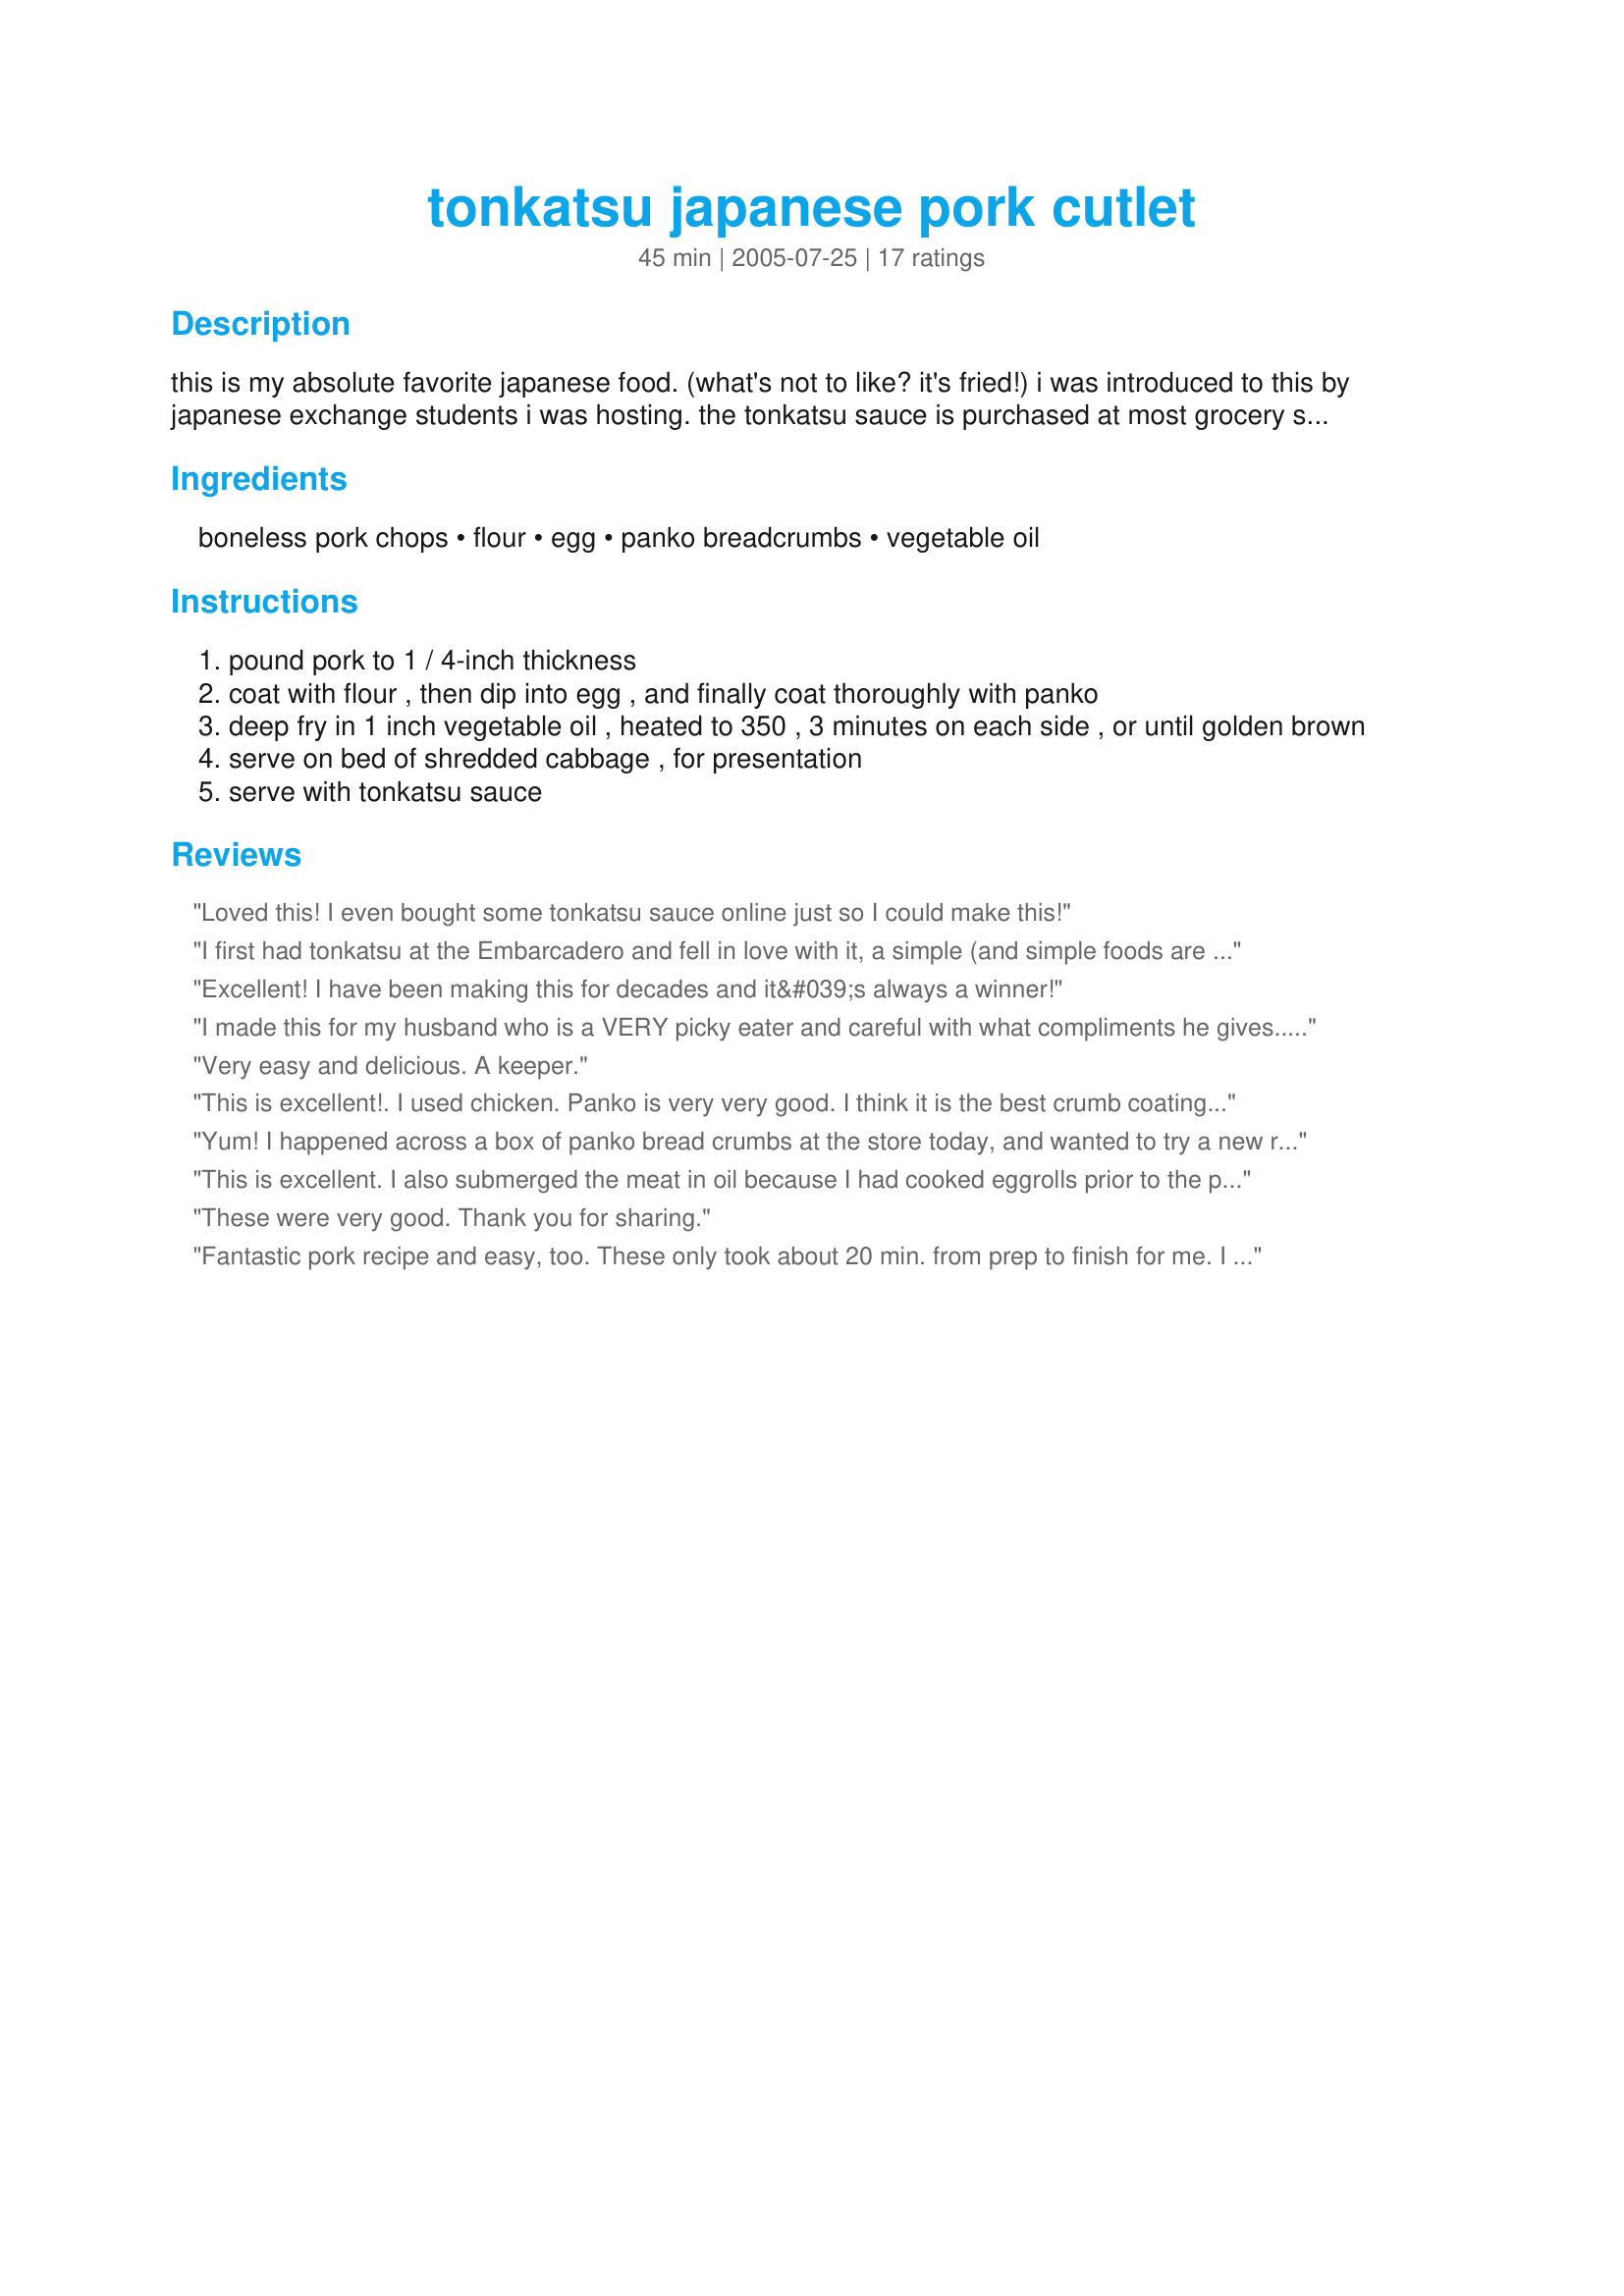
tonkatsu japanese pork cutlet
Preparation time: 45 minutes

this is my absolute favorite japanese food. (what's not to like? it's fried!) i was introduced to this by japanese exchange students i was hosting. the tonkatsu sauce is purchased at most grocery stores in the asian foods section. serve on a bed of shredded cabbage, for presentation. serve with tonkatsu sauce (the database won't let me add this as an ingredient).

Ingredients:
boneless pork chops, flour, egg, panko breadcrumbs, vegetable oil

Steps:
pound pork to 1 / 4-inch thickness
coat with flour , then dip into egg , and finally coat thoroughly with panko
deep fry in 1 inch vegetable oil , heated to 350 , 3 minutes on each side , or until golden brown
serve on bed of shredded cabbage , for presentation
serve with tonkatsu sauce

Reviews:
Loved this! I even bought some tonkatsu sauce online just so I could make this!
I first had tonkatsu at the Embarcadero and fell in love with it, a simple (and simple foods are usually the best) and satisfying comfort food. When I started to crave it, I decided to make my own and found this recipe. Since my niece has an egg allergy, I used Ener-g egg replacer instead, which also helps to cut down on cholesterol. I salt and peppered the pounded chops, dipped them in flour and the "egg," repeated and then into the panko. To get a crisper crust, I put them into the freezer for ten minutes before I fried them. Be sure to shake off excess flour and egg, have enough oil at the correct temperature, and drain on a rack so that the crust stays crisp and isn't greasy. I've also used tempura flour or cornstarch with good results.
Excellent! I have been making this for decades and it&#039;s always a winner!
I made this for my husband who is a VERY picky eater and careful with what compliments he gives.. and he absolutely loved this! I was surprised when he even said it was better than restaurant Tonkatsu. Thanks for sharing this simple yet wonderful recipe!
Very easy and delicious. A keeper.
This is excellent!. I used chicken. Panko is very very good. I think it is the best crumb coating on the market.
Yum! I happened across a box of panko bread crumbs at the store today, and wanted to try a new recipe with them. This was so easy to make, and delicious too. I threw some garlic salt in the flour mixture to add a bit of extra flavor. I am usually awful at keeping crumbs on, but these were perfect. Thanks for sharing!
This is excellent. I also submerged the meat in oil because I had cooked eggrolls prior to the pork.
These were very good. Thank you for sharing.
Fantastic pork recipe and easy, too. These only took about 20 min. from prep to finish for me. I didn't have the tonkatsu sauce because I didn't read through all the instructions - only the ingredient list - before going to the store. I had never heard of tonkatsu sauce so didn't know the title meant anything other than a name...oops! Luckily, I had some sweet and sour dipping sauce in my fridge and used that. It worked very well. The directions were great. I did use about double the amt. of flour and about 3/4 cup of panko to coat my 4 pork chops. My whole family loved this recipe. Thank you!
I used slightly more oil than 1 inch so my cutlets were completely submerged and only took a total of 4 minutes. If you can't find Tonkatsu sauce, you can use a mixture of Worcestershire Sauce and tomato ketchup with a little soy sauce to make a sort of japanese steak sauce.
Besides some sushi, this is my absolute favorite Japanese dish! I always make it this way but have heard from one Japanese person to add a little Saki to the egg mixture. Tastes great either way and the Tonkatsu sauce is a definite must, easy to find near the soy sauce at the grocery store and delicious!!! My whole family LOVES this dish!!
This came out great! we really enjoyed it.
Awesome, just what I was craving. Having just moved halfway around the world I'm missing several things from back home. One is the local Japanese hole-in-the-wall, the other is my meat mallet! I pounded a couple pork chops out using the bottom of a sturdy coffee cup, which worked great! I found tonkatsu sauce (delicious!)and panko at an Asian grocery. I also added a healthy dash of togarashi (Japanese chilli powder - also available at Asian groceries). Thanks for sharing.
I love tonkatsu! I used tempura flour instead of plain. I think the key is to tenderize the pork (by pounding on it a little). This recipe is really simple. The tonkatsu sauce is a must!
I was very surprised at how delicious this recipe was! I have another recipe that uses Panko and I thought I knew how this would taste. I thought it would be good, but I was wrong. It was fabulous! I have tried both pork and chicken, and though they were both delicious, I like the pork more. This recipe takes mere minutes to prepare and cook, but it is worth it. The tonkatsu sauce is key (as it is in my other recipe) but yesterday I searched two grocery stores and couldn't find it. I ended up using sweet barbecue sauce and it worked out well. I am glad I finally tried this recipe as it has become one of my favorite (and my roommate's favorite dishes!)
Very quick and easy main dish!! I made one serving for my lunch today and made the Tonkatsu Sauce to serve with it. Next time I will add some salt, pepper and maybe garlic powder to the flour mixture for some added flavor to the pork itself. Served it with an Asian Slaw with Ponzu Dressing. Thanks for sharing the recipe. Made for Culinary Quest 2015.
